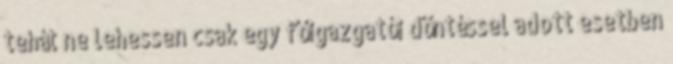
tehát ne lehessen csak egy főigazgatói döntéssel adott esetben